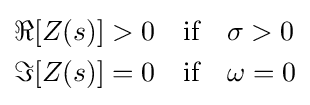
{\begin{aligned}&\Re [Z(s)]>0\quad {\text{if}}\quad \sigma >0\\&\Im [Z(s)]=0\quad {\text{if}}\quad \omega =0\end{aligned}}